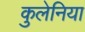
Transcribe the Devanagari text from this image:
कुलेनिया